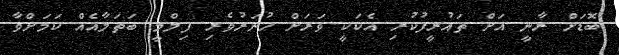
ބޮޑަށް ރާނީ އަށް ތައުރީފުކުރި އެކަކީ ވަރަށް ހުނަރުވެރި ފިލްމީ ބަތަލާއެއް ކަމަށްވާ